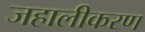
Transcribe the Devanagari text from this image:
जहालीकरण